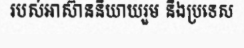
របស់អាស៊ាននិយាយរួម និងប្រទេស